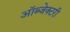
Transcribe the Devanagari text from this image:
ऑब्जेक्टरी